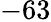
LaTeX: -63